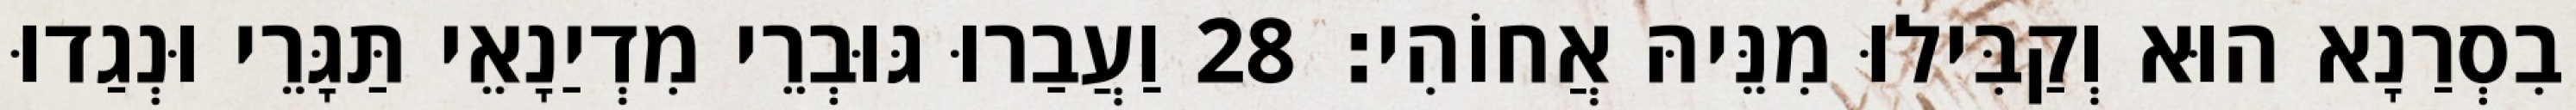
בִסְרַנָא הוּא וְקַבִּילוּ מִנֵּיהּ אֲחוֹהִי׃ 28 וַעֲבַרוּ גּוּבְרֵי מִדְיַנָאֵי תַּגָּרֵי וּנְגַדוּ